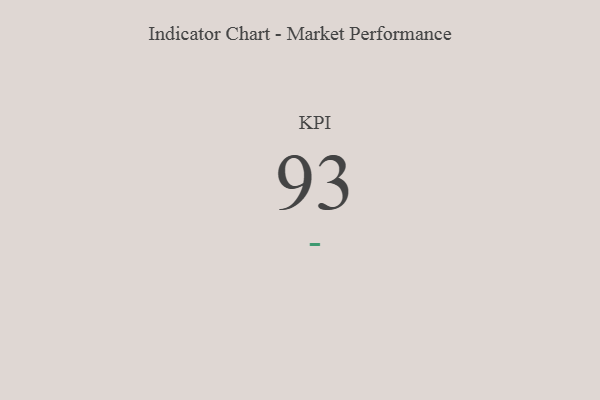
{"axis": {"x": "KPI", "y": "Value"}, "legend": [""], "data": [{"x": "KPI", "y": 93, "type": ""}]}